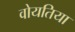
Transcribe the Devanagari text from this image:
वोयतिया